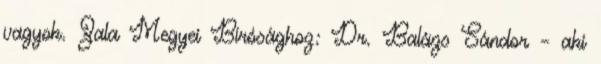
vagyok. Zala Megyei Bírósághoz: Dr. Balázs Sándor – aki